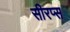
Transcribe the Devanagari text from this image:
सीरप्स